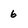
Character: 6